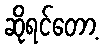
ဆိုရင်တော့